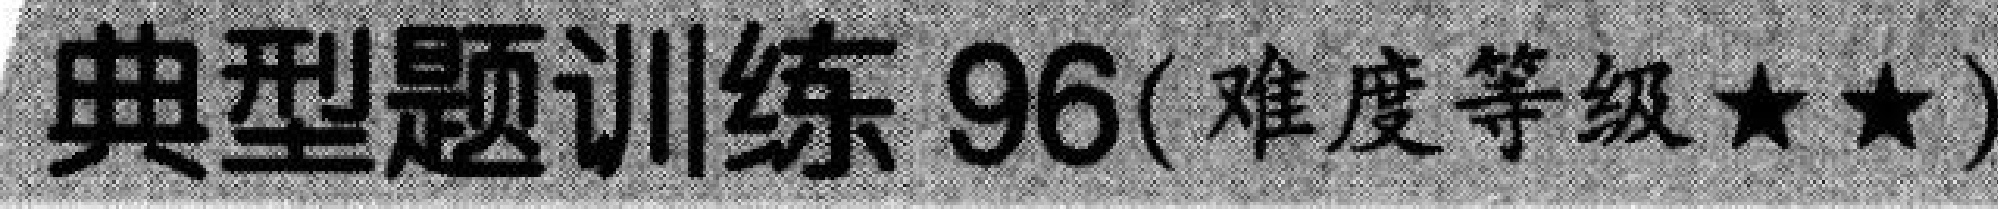
典型题训练 96(难度等级$\star\star$)